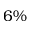
6 \%